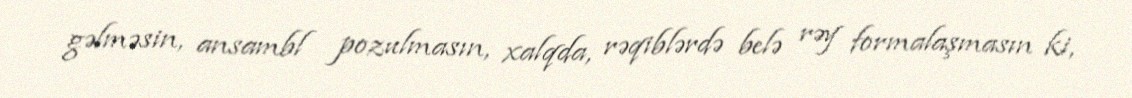
gəlməsin, ansambl pozulmasın, xalqda, rəqiblərdə belə rəy formalaşmasın ki,